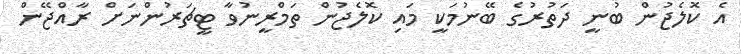
އެ ކޮލެޖުން ބުނީ ދަތުރުގެ ބޭނުމަކީ މައި ކޮލެޖުން ތަމްރީނުވާ ޓީޗަރުންނަށް ރާއްޖޭން